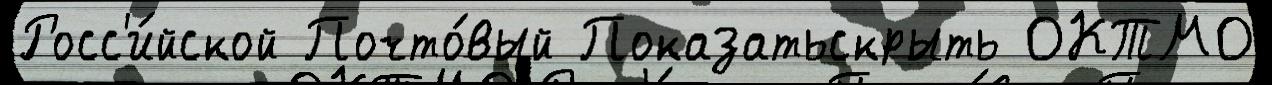
Росс'и́йской Почто́вый Показатьскрыть ОКТМО